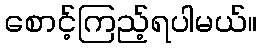
စောင့်ကြည့်ရပါမယ်။